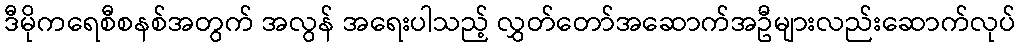
ဒီမိုကရေစီစနစ်အတွက် အလွန် အရေးပါသည့် လွှတ်တော်အဆောက်အဦများလည်းဆောက်လုပ်